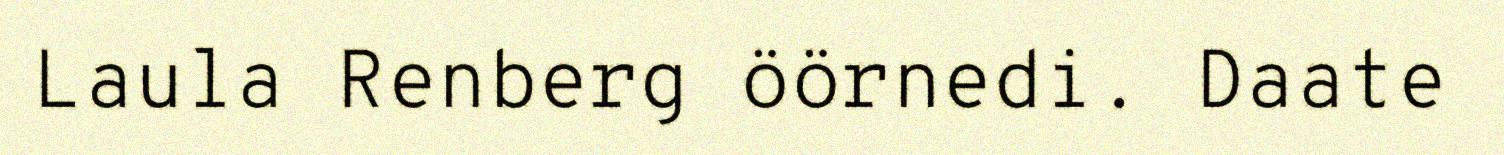
Laula Renberg öörnedi. Daate